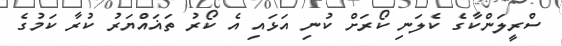
ސްރީލަންކާގެ ކެލަނި ކޯރަށް ކުނި އަޅައި އެ ކޯރު ތަޣައްޔަރު ކުރާ ކަމުގެ